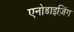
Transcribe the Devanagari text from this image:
एनोडाइज़िंग